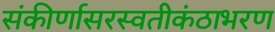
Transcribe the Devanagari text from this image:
संकीर्णासरस्वतीकंठाभरण